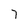
Character: 7